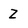
Character: Z